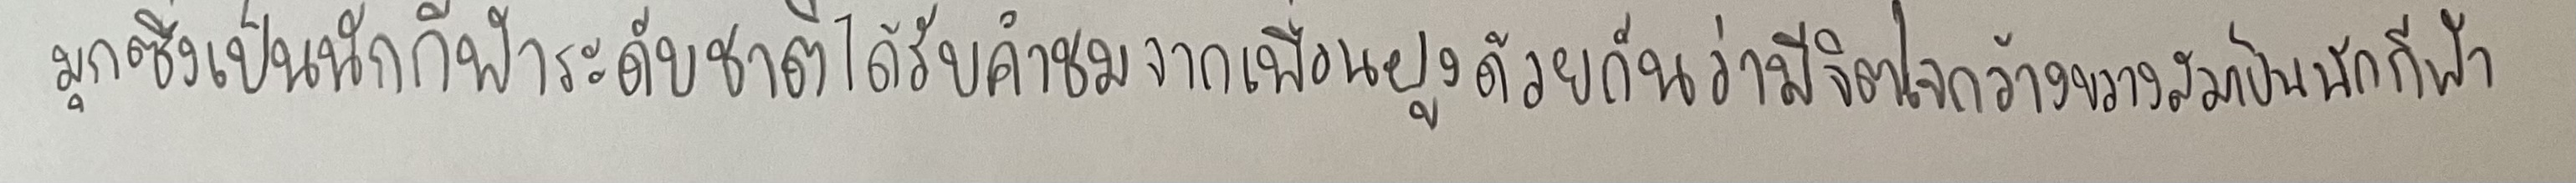
มุกซึ่งเป็นนักกีฬาระดับชาติได้รับคำชมจากเพื่อนฝูงด้วยกันว่ามีจิตใจกว้างขวางสมเป็นนักกีฬา